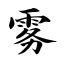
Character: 雾